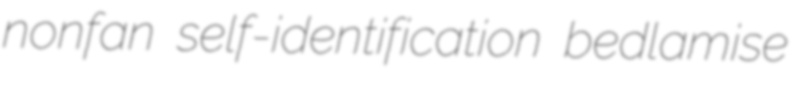
nonfan self-identification bedlamise